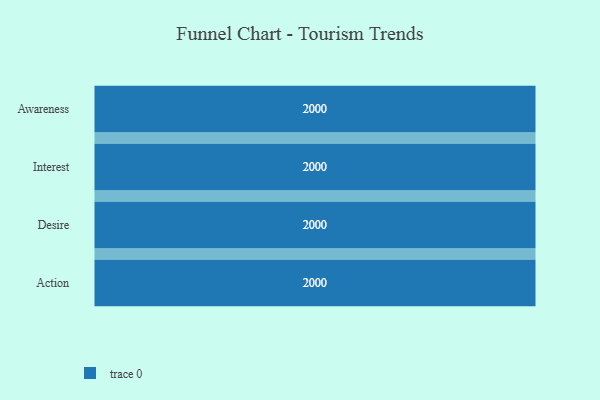
{"axis": {"x": "Stage", "y": "Value"}, "legend": [""], "data": [{"x": "Awareness", "y": 2000, "type": ""}, {"x": "Interest", "y": 2000, "type": ""}, {"x": "Desire", "y": 2000, "type": ""}, {"x": "Action", "y": 2000, "type": ""}]}